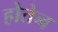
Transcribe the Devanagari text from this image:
होतेन